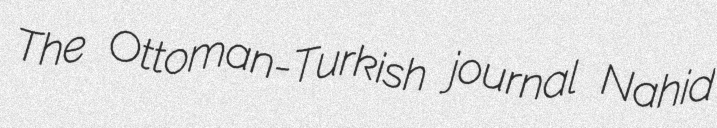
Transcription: The Ottoman-Turkish journal Nahid